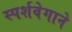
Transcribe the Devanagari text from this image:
स्पर्शवेगाने